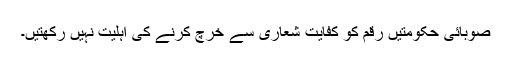
صوبائی حکومتیں رقم کو کفایت شعاری سے خرچ کرنے کی اہلیت نہیں رکھتیں۔